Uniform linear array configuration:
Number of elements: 4
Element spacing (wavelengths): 1
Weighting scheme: blackman
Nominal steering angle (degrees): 0
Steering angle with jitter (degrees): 0.3246
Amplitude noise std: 0.05
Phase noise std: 0.05

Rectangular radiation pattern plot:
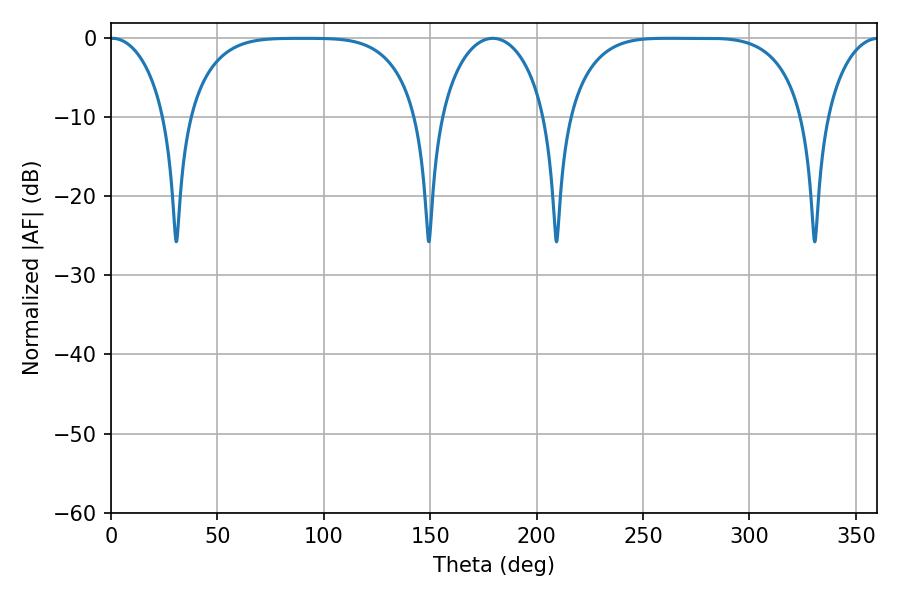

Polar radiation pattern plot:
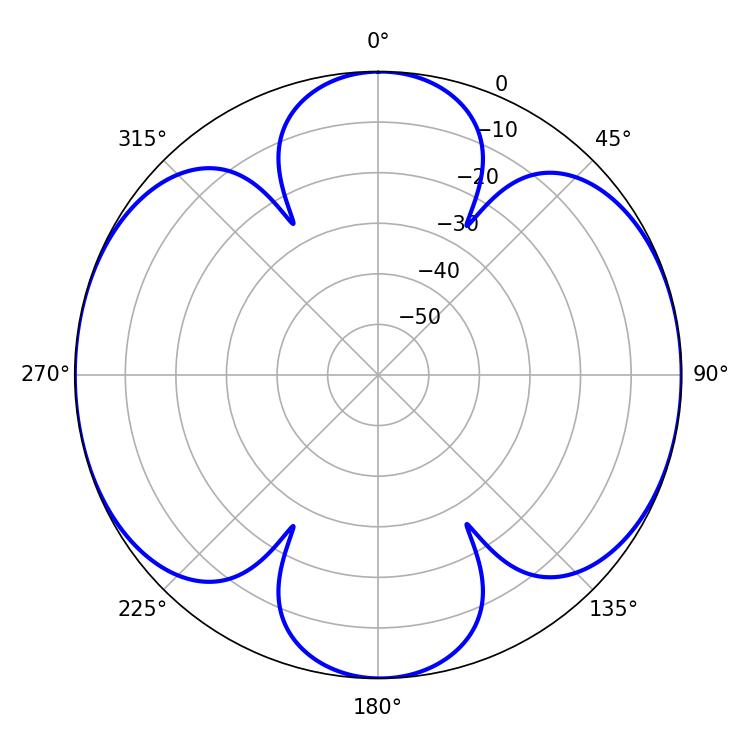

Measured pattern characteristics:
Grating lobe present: TRUE
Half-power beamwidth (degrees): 84.6
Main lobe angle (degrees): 261.72